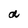
Character: a